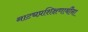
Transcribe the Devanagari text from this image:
नाट्यप्रशिक्षणार्थींना